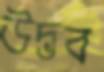
উদ্ভব